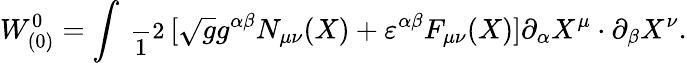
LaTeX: W_{(0)}^{0}=\int\mathrm{\small{~\frac~12~}}[\sqrt{g}g^{\alpha\beta}N_{\mu\nu}(X)+\varepsilon^{\alpha\beta}F_{\mu\nu}(X)]\partial_{\alpha}X^{\mu}\cdot\partial_{\beta}X^{\nu}.